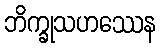
ဘိက္ခုသဟဿေန